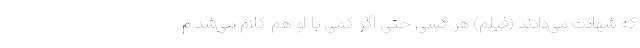
که شهادت می‌دادند (فیلم) هر کسی حتی اگر کمی با او هم کلام می‌شد م